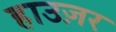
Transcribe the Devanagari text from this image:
हाउज़र